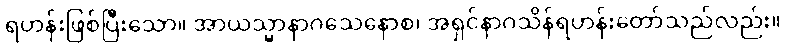
ရဟန်းဖြစ်ပြီးသော။ အာယသ္မာနာဂသေနောစ၊ အရှင်နာဂသိန်ရဟန်းတော်သည်လည်း။